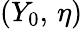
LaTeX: (Y_{0},\, \eta)